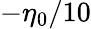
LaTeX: -\eta_{0}/10